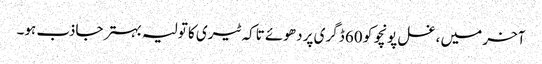
آخر میں ، غسل پونچو کو 60 ڈگری پر دھوئے تاکہ ٹیری کا تولیہ بہتر جاذب ہو۔